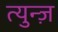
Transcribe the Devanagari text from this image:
त्युन्ज़